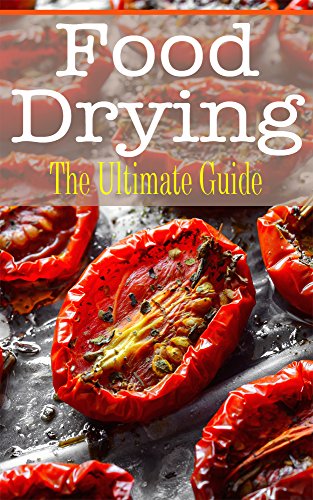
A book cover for Food Drying: The Ultimate Guide; Kelly Kombs; Cookbooks, Food & Wine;